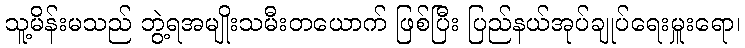
သူ့မိန်းမသည် ဘွဲ့ရအမျိုးသမီးတယောက် ဖြစ်ပြီး ပြည်နယ်အုပ်ချုပ်ရေးမှူးရော၊